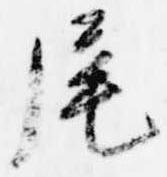
尾